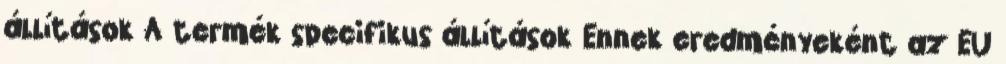
állítások A termék specifikus állítások Ennek eredményeként az EU